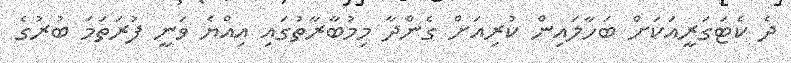
ދެ ކެޓަގަރީއަކަށް ބަހާލައިން ކުރިއަށް ގެންދާ މިމުބާރާތުގައި އިއްޔެ ވަނީ ފުރަތަމަ ބުރުގެ